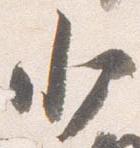
少